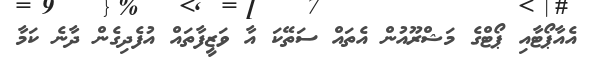
އެއާޕޯޓާއި ޕޯޓްގެ މަޝްރޫއުން އެތައް ސަތޭކަ އާ ވަޒީފާތައް އުފެދިގެން ދާނެ ކަމާ